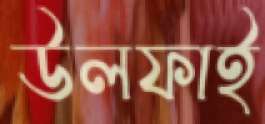
উলফাই